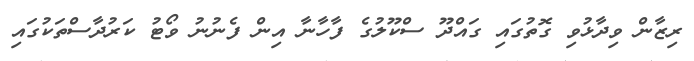
ރިޒާން ވިދާޅުވި ގޮތުގައި ގައްދޫ ސްކޫލުގެ ފާހާނާ އިން ފެނުނު ވޯޓު ކަރުދާސްތަކުގައި